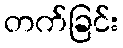
တက်ခြင်း